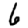
Digit: 6